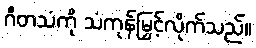
ဂီတသံကို သံကုန်မြှင့်လိုက်သည်။